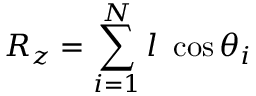
R _ { z } = \sum _ { i = 1 } ^ { N } l { \mathrm { ~ } } \cos \theta _ { i }